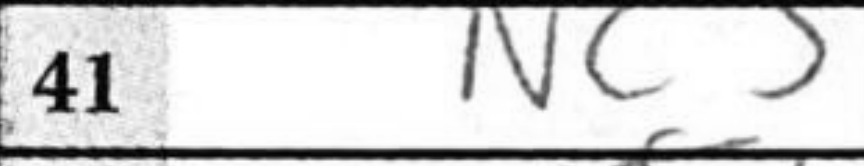
Transcription: Nc3